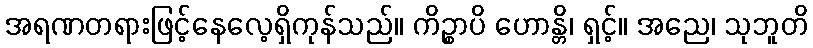
အရဏတရားဖြင့်နေလေ့ရှိကုန်သည်။ ကိဉ္စာပိ ဟောန္တိ၊ ရှင့်။ အညေ၊ သုဘူတိ